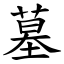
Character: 墓